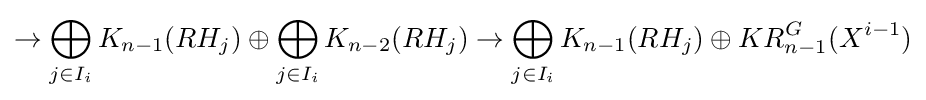
\rightarrow \bigoplus _{j\in I_{i}}K_{n-1}(RH_{j})\oplus \bigoplus _{j\in I_{i}}K_{n-2}(RH_{j})\rightarrow \bigoplus _{j\in I_{i}}K_{n-1}(RH_{j})\oplus KR_{n-1}^{G}(X^{i-1})